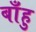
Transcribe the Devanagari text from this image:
बाँहु